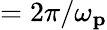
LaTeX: =2\pi/\omega_{\mathbf{p}}